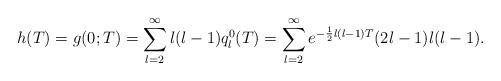
LaTeX: \begin{align*}h(T)=g(0;T)=\sum_{l=2}^\infty l(l-1)q_l^0(T) = \sum_{l=2}^\infty e^{-\frac{1}{2}l(l-1)T}(2l-1)l(l-1).\end{align*}